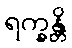
ရက္ခန္တိ